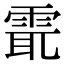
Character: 𩂻